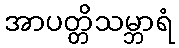
အာပတ္တိသမ္ဘာရံ